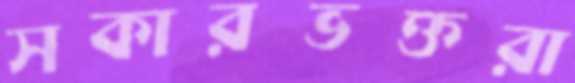
সকারভক্তরা